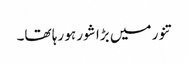
تنور میں بڑا شور ہو رہا تھا۔